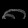
Digit: ၈